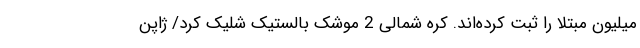
میلیون مبتلا را ثبت کرده‌اند. کره شمالی 2 موشک بالستیک شلیک کرد/ ژاپن